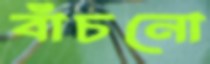
বাঁচনো